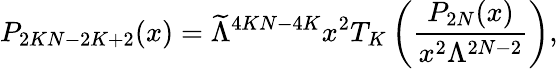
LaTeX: P_{2KN-2K+2}(x)=\widetilde{\Lambda}^{4KN-4K}x^{2}T_{K}\left(\frac{P_{2N}(x)}{x^{2}\Lambda^{2N-2}}\right),